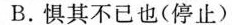
B.惧其不已也(停止)